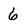
Character: 6